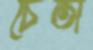
চৈতা